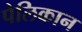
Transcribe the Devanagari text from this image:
पेलिकान